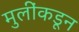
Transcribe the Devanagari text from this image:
मुलींकडून